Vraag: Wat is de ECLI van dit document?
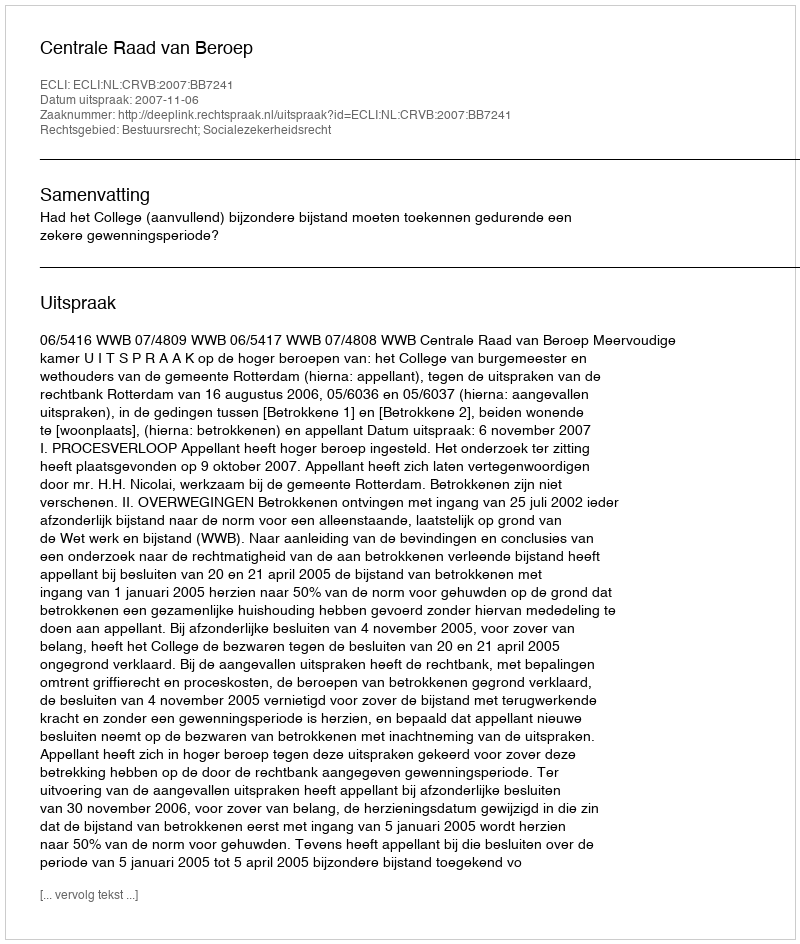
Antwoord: ECLI:NL:CRVB:2007:BB7241